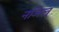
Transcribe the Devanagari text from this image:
नञिल्